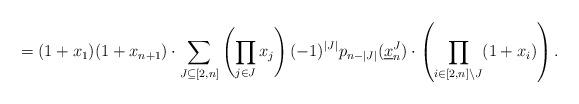
LaTeX: \begin{align*}= (1+x_1)(1+x_{n+1})\cdot \sum_{J\subseteq [2,n]} \left(\prod_{j\in J} x_j \right) (-1)^{|J|} p_{n - |J|} (\underline x_n^J) \cdot \left( \prod_{i \in [2,n]\setminus J} (1+x_i) \right).\end{align*}